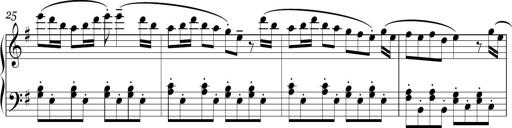
Title: Sonatina in E minor
Composer: Shuwen Zhang
Key: E minor